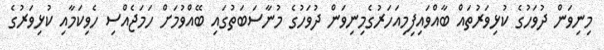
މިނިވަން ދުވަހުގެ ކުޅިވަރުތައް ބާއްވައިފިމިއަހަރުގެމިނިވަން ދުވަހުގެ މުނާސަބަތުގައި ބޭއްވުމަށް ހަމަޖެއްސި ހެވިކަމާއި ކުޅިވަރުގެ